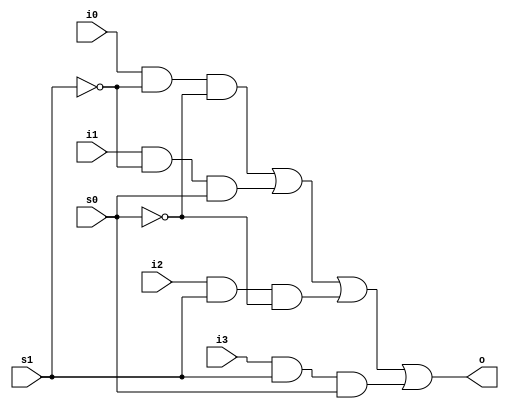
`timescale 1ns / 1ps

module multiplexer_4to1(
        output o,
        input i0,
        input i1,
        input i2,
        input i3,
        input s1,
        input s0
    );
    wire s1n, s0n, y0, y1, y2, y3;
    
    not (s1n, s1);
    not (s0n, s0);
    
    and (y0, i0, s1n, s0n);
    and (y1, i1, s1n, s0);
    and (y2, i2, s1, s0n);
    and (y3, i3, s1, s0);
    
    or (o, y0, y1, y2, y3);
endmodule